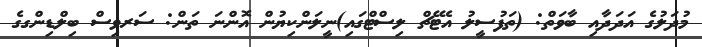
މުދަލުގެ އަދަދާއި ބާވަތް: (ތަފުސީލު އެޓޭޗް ލިސްޓްގައި)ނީލަންކިޔުން އޮންނަ ތަން: ސަރވިސް ބިލްޑިންގގެ